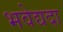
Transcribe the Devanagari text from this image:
भवेद्यदा